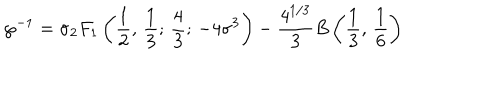
LaTeX: \wp ^ { - 1 } = \sigma { _ { 2 } F _ { 1 } } \left( { \frac { 1 } { 2 } } , \, { \frac { 1 } { 3 } } ; \, { \frac { 4 } { 3 } } ; \, - 4 \sigma ^ { 3 } \right) - { \frac { 4 ^ { 1 / 3 } } { 3 } } B \left( { \frac { 1 } { 3 } } , \, { \frac { 1 } { 6 } } \right)